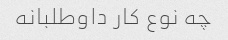
چه نوع کار داوطلبانه